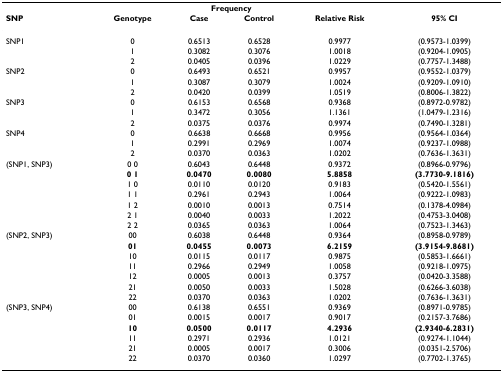
<table><thead><tr><td></td><td></td><td colspan="2"><b>Frequency</b></td><td></td><td></td></tr><tr><td><b>SNP</b></td><td><b>Genotype</b></td><td><b>Case</b></td><td><b>Control</b></td><td><b>Relative Risk</b></td><td><b>95% CI</b></td></tr></thead><tbody><tr><td>SNP1</td><td>0</td><td>0.6513</td><td>0.6528</td><td>0.9977</td><td>(0.9573-1.0399)</td></tr><tr><td></td><td>1</td><td>0.3082</td><td>0.3076</td><td>1.0018</td><td>(0.9204-1.0905)</td></tr><tr><td></td><td>2</td><td>0.0405</td><td>0.0396</td><td>1.0229</td><td>(0.7757-1.3488)</td></tr><tr><td>SNP2</td><td>0</td><td>0.6493</td><td>0.6521</td><td>0.9957</td><td>(0.9552-1.0379)</td></tr><tr><td></td><td>1</td><td>0.3087</td><td>0.3079</td><td>1.0024</td><td>(0.9209-1.0910)</td></tr><tr><td></td><td>2</td><td>0.0420</td><td>0.0399</td><td>1.0519</td><td>(0.8006-1.3822)</td></tr><tr><td>SNP3</td><td>0</td><td>0.6153</td><td>0.6568</td><td>0.9368</td><td>(0.8972-0.9782)</td></tr><tr><td></td><td>1</td><td>0.3472</td><td>0.3056</td><td>1.1361</td><td>(1.0479-1.2316)</td></tr><tr><td></td><td>2</td><td>0.0375</td><td>0.0376</td><td>0.9974</td><td>(0.7490-1.3281)</td></tr><tr><td>SNP4</td><td>0</td><td>0.6638</td><td>0.6668</td><td>0.9956</td><td>(0.9564-1.0364)</td></tr><tr><td></td><td>1</td><td>0.2991</td><td>0.2969</td><td>1.0074</td><td>(0.9237-1.0988)</td></tr><tr><td></td><td>2</td><td>0.0370</td><td>0.0363</td><td>1.0202</td><td>(0.7636-1.3631)</td></tr><tr><td>(SNP1, SNP3)</td><td>0 0</td><td>0.6043</td><td>0.6448</td><td>0.9372</td><td>(0.8966-0.9796)</td></tr><tr><td></td><td><b>0 1</b></td><td><b>0.0470</b></td><td><b>0.0080</b></td><td><b>5.8858</b></td><td><b>(3.7730-9.1816)</b></td></tr><tr><td></td><td>1 0</td><td>0.0110</td><td>0.0120</td><td>0.9183</td><td>(0.5420-1.5561)</td></tr><tr><td></td><td>1 1</td><td>0.2961</td><td>0.2943</td><td>1.0064</td><td>(0.9222-1.0983)</td></tr><tr><td></td><td>1 2</td><td>0.0010</td><td>0.0013</td><td>0.7514</td><td>(0.1378-4.0984)</td></tr><tr><td></td><td>2 1</td><td>0.0040</td><td>0.0033</td><td>1.2022</td><td>(0.4753-3.0408)</td></tr><tr><td></td><td>2 2</td><td>0.0365</td><td>0.0363</td><td>1.0064</td><td>(0.7523-1.3463)</td></tr><tr><td>(SNP2, SNP3)</td><td>00</td><td>0.6038</td><td>0.6448</td><td>0.9364</td><td>(0.8958-0.9789)</td></tr><tr><td></td><td><b>01</b></td><td><b>0.0455</b></td><td><b>0.0073</b></td><td><b>6.2159</b></td><td><b>(3.9154-9.8681)</b></td></tr><tr><td></td><td>10</td><td>0.0115</td><td>0.0117</td><td>0.9875</td><td>(0.5853-1.6661)</td></tr><tr><td></td><td>11</td><td>0.2966</td><td>0.2949</td><td>1.0058</td><td>(0.9218-1.0975)</td></tr><tr><td></td><td>12</td><td>0.0005</td><td>0.0013</td><td>0.3757</td><td>(0.0420-3.3588)</td></tr><tr><td></td><td>21</td><td>0.0050</td><td>0.0033</td><td>1.5028</td><td>(0.6266-3.6038)</td></tr><tr><td></td><td>22</td><td>0.0370</td><td>0.0363</td><td>1.0202</td><td>(0.7636-1.3631)</td></tr><tr><td>(SNP3, SNP4)</td><td>00</td><td>0.6138</td><td>0.6551</td><td>0.9369</td><td>(0.8971-0.9785)</td></tr><tr><td></td><td>01</td><td>0.0015</td><td>0.0017</td><td>0.9017</td><td>(0.2157-3.7686)</td></tr><tr><td></td><td><b>10</b></td><td><b>0.0500</b></td><td><b>0.0117</b></td><td><b>4.2936</b></td><td><b>(2.9340-6.2831)</b></td></tr><tr><td></td><td>11</td><td>0.2971</td><td>0.2936</td><td>1.0121</td><td>(0.9274-1.1044)</td></tr><tr><td></td><td>21</td><td>0.0005</td><td>0.0017</td><td>0.3006</td><td>(0.0351-2.5706)</td></tr><tr><td></td><td>22</td><td>0.0370</td><td>0.0360</td><td>1.0297</td><td>(0.7702-1.3765)</td></tr></tbody></table>